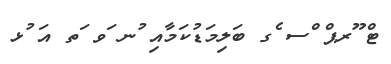
ޓް ޫރޕް ްސ ެގ ބަލިމަޑުކަމާއި ުނ ަވ ަތ އަ ުޅ